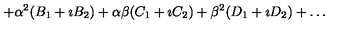
+ \alpha ^ { 2 } ( B _ { 1 } + \imath B _ { 2 } ) + \alpha \beta ( C _ { 1 } + \imath C _ { 2 } ) + \beta ^ { 2 } ( D _ { 1 } + \imath D _ { 2 } ) + \ldots